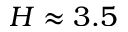
H \approx 3 . 5